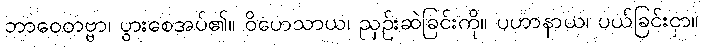
ဘာဝေတဗ္ဗာ၊ ပွားစေအပ်၏။ ဝိဟေသာယ၊ ညှဉ်းဆဲခြင်းကို။ ပဟာနာယ၊ ပယ်ခြင်းငှာ။